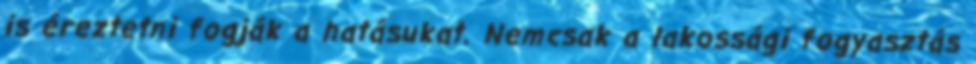
is éreztetni fogják a hatásukat. Nemcsak a lakossági fogyasztás